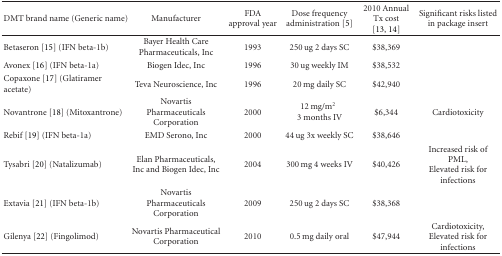
| DMT brand name (Generic name) | Manufacturer | FDA approval year | Dose frequency administration [5] | 2010 Annual Tx cost [13, 14] | Significant risks listed in package insert |
 | --- | --- | --- | --- | --- | --- |
 | Betaseron [15] (IFN beta-1b) | Bayer Health Care Pharmaceuticals, Inc | 1993 | 250 ug 2 days SC | $38,369 |  |
 | Avonex [16] (IFN beta-1a) | Biogen Idec, Inc | 1996 | 30 ug weekly IM | $38,532 |  |
 | Copaxone [17] (Glatiramer acetate) | Teva Neuroscience, Inc | 1996 | 20 mg daily SC | $42,940 |  |
 | Novantrone [18] (Mitoxantrone) | Novartis Pharmaceuticals Corporation | 2000 | 12 mg/m23 months IV | $6,344 | Cardiotoxicity |
 | Rebif [19] (IFN beta-1a) | EMD Serono, Inc | 2000 | 44 ug 3x weekly SC | $38,646 |  |
 | Tysabri [20] (Natalizumab) | Elan Pharmaceuticals, Inc and Biogen Idec, Inc | 2004 | 300 mg 4 weeks IV | $40,426 | Increased risk of PML, Elevated risk for infections |
 | Extavia [21] (IFN beta-1b) | Novartis Pharmaceuticals Corporation | 2009 | 250 ug 2 days SC | $38,368 |  |
 | Gilenya [22] (Fingolimod) | Novartis Pharmaceutical Corporation | 2010 | 0.5 mg daily oral | $47,944 | Cardiotoxicity, Elevated risk for infections |